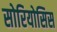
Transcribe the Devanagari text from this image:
सोरियोसिस